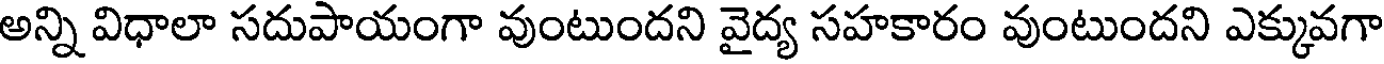
అన్ని విధాలా సదుపాయంగా వుంటుందని వైద్య సహకారం వుంటుందని ఎక్కువగా